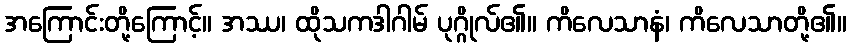
အကြောင်းတို့ကြောင့်။ အဿ၊ ထိုသကဒါဂါမ် ပုဂ္ဂိုလ်၏။ ကိလေသာနံ၊ ကိလေသာတို့၏။